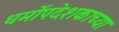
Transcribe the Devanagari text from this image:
धर्मोपदेशकाच्या